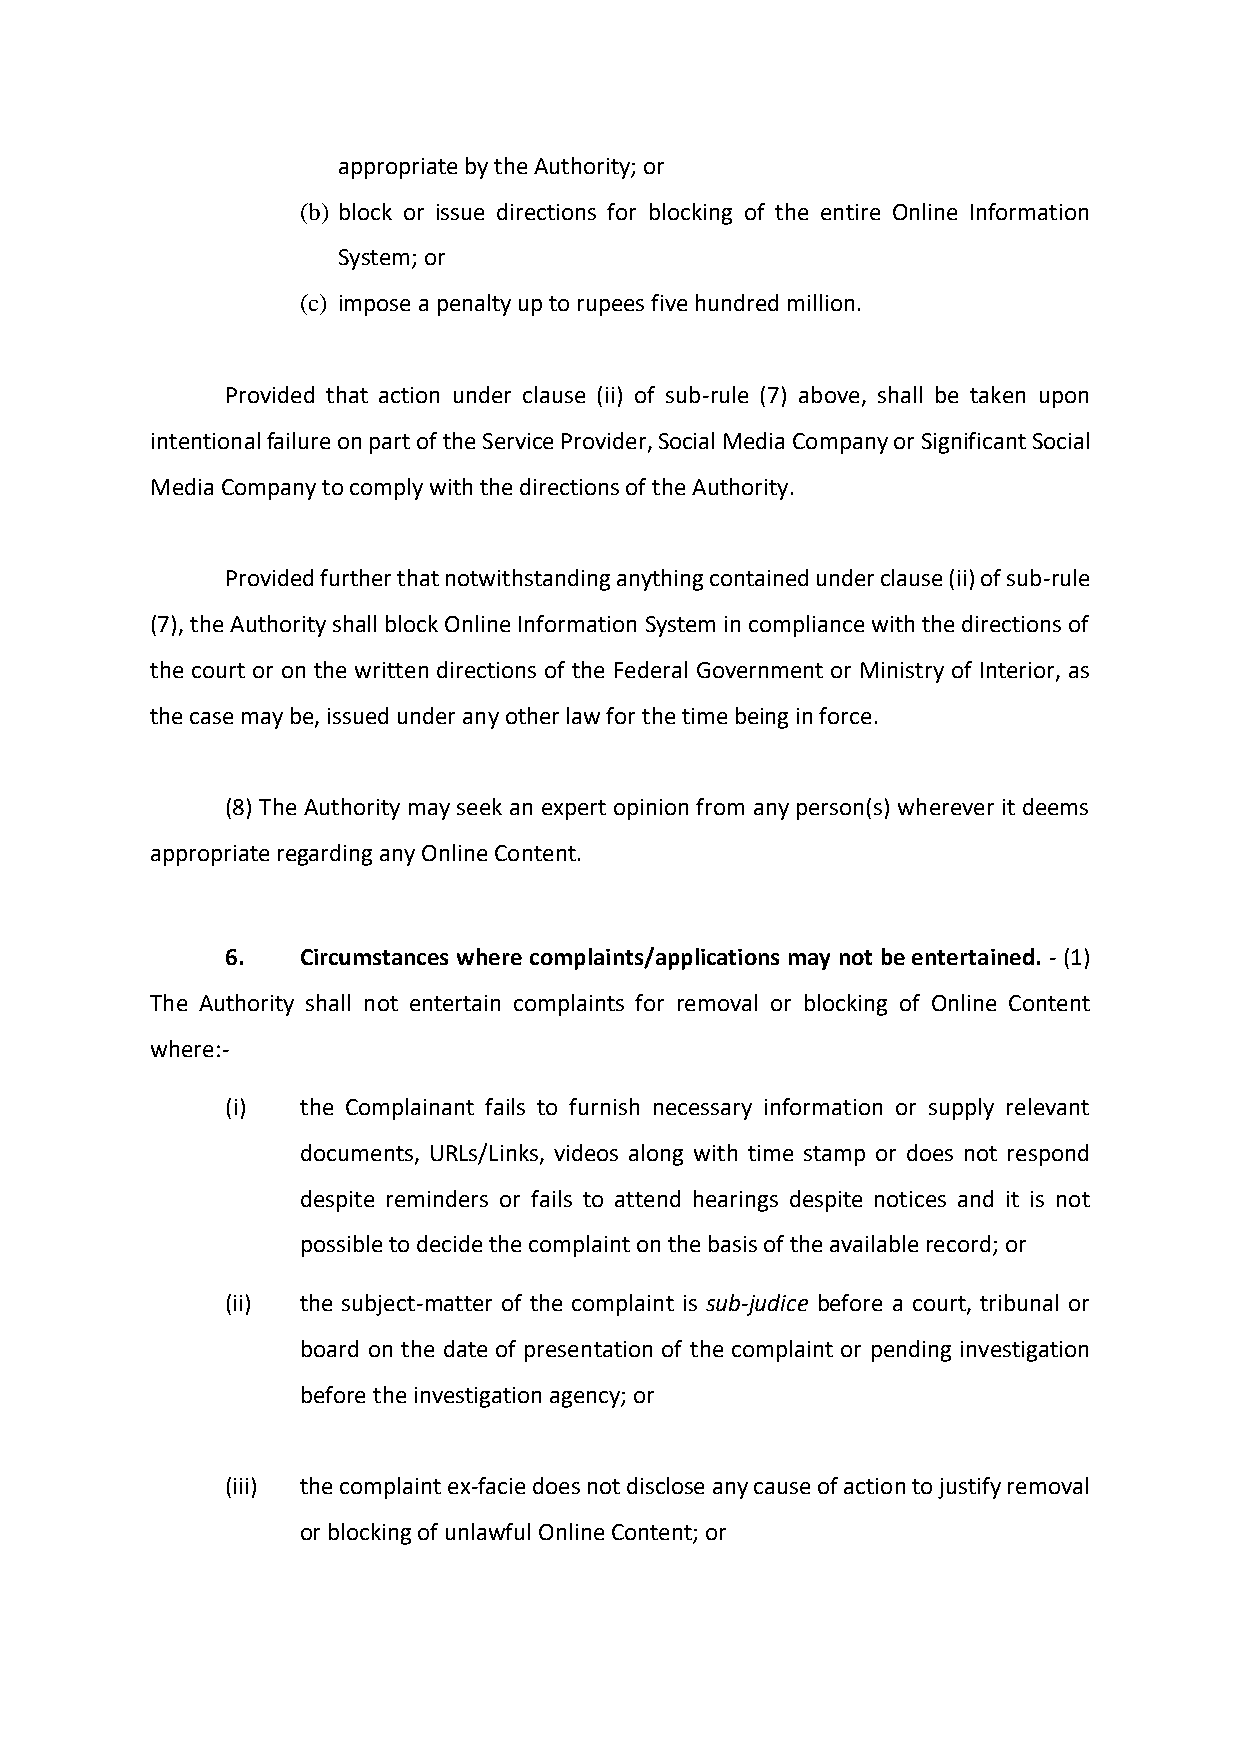
appropriate by the Authority; or
 (b) block or issue directions for blocking of the entire Online Information
 System; or
 (c) impose a penalty up to rupees five hundred million.
 Provided that action under clause (ii) of sub-rule (7) above, shall be taken upon
 intentional failure on part of the Service Provider, Social Media Company or Significant Social
 Media Company to comply with the directions of the Authority.
 Provided further that notwithstanding anything contained under clause (ii) of sub-rule
 (7), the Authority shall block Online Information System in compliance with the directions of
 the court or on the written directions of the Federal Government or Ministry of Interior, as
 the case may be, issued under any other law for the time being in force.
 (8) The Authority may seek an expert opinion from any person(s) wherever it deems
 appropriate regarding any Online Content.
 6.   Circumstances where complaints/applications may not be entertained. - (1)
 The Authority shall not entertain complaints for removal or blocking of Online Content
 where:-
 (i)  the Complainant fails to furnish necessary information or supply relevant
 documents, URLs/Links, videos along with time stamp or does not respond
 despite reminders or fails to attend hearings despite notices and it is not
 possible to decide the complaint on the basis of the available record; or
 (ii) the subject-matter of the complaint is sub-judice before a court, tribunal or
 board on the date of presentation of the complaint or pending investigation
 before the investigation agency; or
 (iii) the complaint ex-facie does not disclose any cause of action to justify removal
 or blocking of unlawful Online Content; or